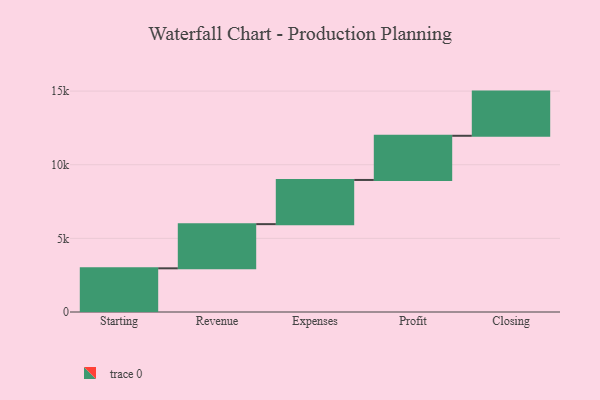
{"axis": {"x": "Step", "y": "Value"}, "legend": [""], "data": [{"x": "Starting", "y": 2966.0, "type": ""}, {"x": "Revenue", "y": 3000, "type": ""}, {"x": "Expenses", "y": 3000, "type": ""}, {"x": "Profit", "y": 3000, "type": ""}, {"x": "Closing", "y": 3000, "type": ""}]}